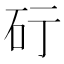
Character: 𥐡